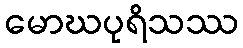
မောဃပုရိသဿ